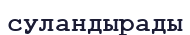
суландырады